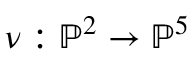
\nu : \mathbb { P } ^ { 2 } \to \mathbb { P } ^ { 5 }